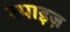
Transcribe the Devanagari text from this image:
स्पाइज़